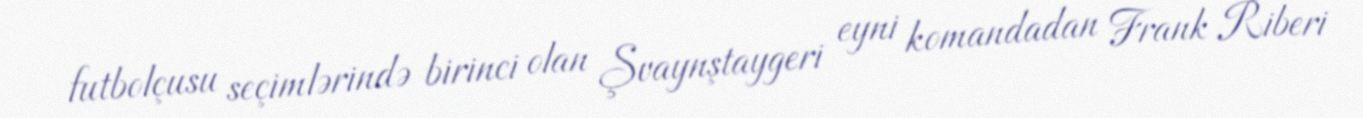
futbolçusu seçimlərində birinci olan Şvaynştaygeri eyni komandadan Frank Riberi